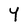
Character: Y